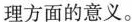
理方面的意义。